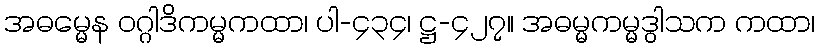
အဓမ္မေန ဝဂ္ဂါဒိကမ္မကထာ၊ ပါ-၄၃၄၊ ဋ္ဌ-၄၂၇။ အဓမ္မကမ္မဒွါသက ကထာ၊